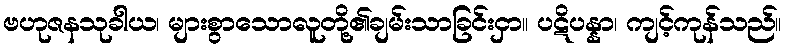
ဗဟုဇနသုခါယ၊ များစွာသောလူတို့၏ချမ်းသာခြင်းငှာ။ ပဋိပန္နာ၊ ကျင့်ကုန်သည်။